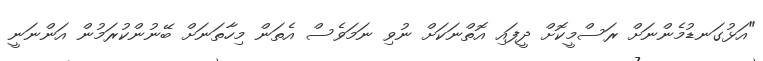
"އަޅުގަނޑުމެންނަށް ރަސްމީކޮށް ދީފައި އޮތްނަކަށް ނުވި ނަމަވެސް އެތަން މިހާތަނަށް ބޭނުންކުރަމުން އަންނަނީ